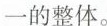
一的整体。